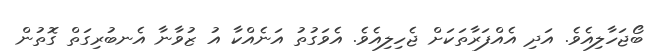
ބޯޖަހާލިއެވެ. އަދި އެއްފަރާތަކަށް ޖެހިލިއެވެ. އެވަގުތު އަނެއްކާ އު ޒުވާނާ އެނބުރިގަތް ގޮތުން